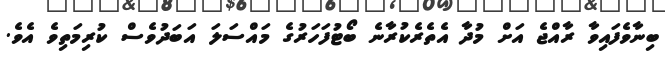
ބިނާވެފައިވާ ރާއްޖެ އަށް މުދާ އެތެރެކުރާނެ ބޯޓުފަހަރުގެ މައްސަލަ އަބަދުވެސް ކުރިމަތިވެ އެވެ.